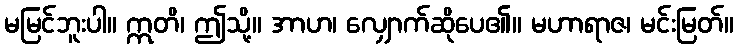
မမြင်ဘူးပါ။ ဣတိ၊ ဤသို့။ အာဟ၊ လျှောက်ဆိုပေ၏။ မဟာရာဇ၊ မင်းမြတ်။